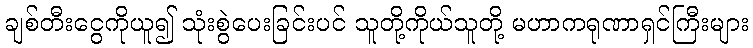
ချစ်တီးငွေကိုယူ၍ သုံးစွဲပေးခြင်းပင် သူတို့ကိုယ်သူတို့ မဟာကရုဏာရှင်ကြီးများ